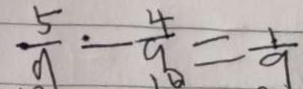
\frac { 5 } { 9 } - \frac { 4 } { 9 } = \frac { 1 } { 9 }